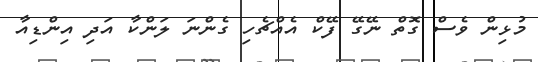
މުޅިން ވެސް ގޮތް ނޭގޭ ފޭކް އެއްޗެހި ގެންނަ ލަންކާ އަދި އިންޑިއާ